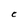
Character: C